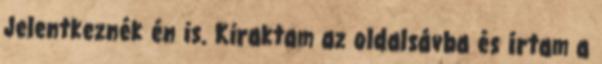
Jelentkeznék én is. Kiraktam az oldalsávba és írtam a